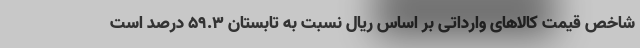
شاخص قیمت کالاهای وارداتی بر اساس ریال نسبت به تابستان ۵۹.۳ درصد است